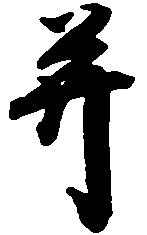
并